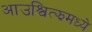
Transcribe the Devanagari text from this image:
आउश्वित्झमध्ये